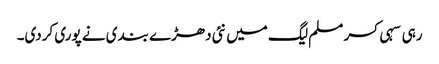
رہی سہی کسر مسلم لیگ میں نئی دھڑے بندی نے پوری کردی۔